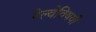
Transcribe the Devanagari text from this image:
रेल्वेविषयी